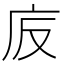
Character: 𢇪